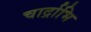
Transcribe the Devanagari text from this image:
चार्द्राभि